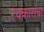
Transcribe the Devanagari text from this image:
रथकारांचा